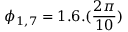
\phi _ { 1 , 7 } = 1 . 6 . ( \frac { 2 \pi } { 1 0 } )